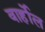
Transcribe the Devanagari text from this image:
वार्होल